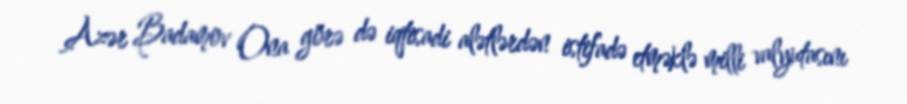
Azər Badamov Ona görə də iqtisadi alətlərdən istifadə etməklə milli valyutasını